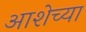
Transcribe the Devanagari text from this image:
आशेच्या